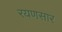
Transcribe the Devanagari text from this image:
रयणसार